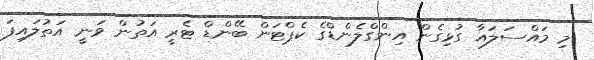
މި މައްސަލައާ ގުޅިގެން އިންގްލެންޑްގެ ކެޕްޓަން ބޭންޑް ޓެރީ އަތުން ވަނީ އަތުލައިފަ